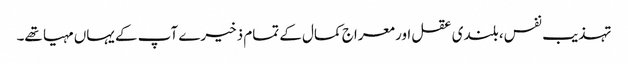
تہذیب نفس، بلندی عقل اور معراج کمال کے تمام ذخیرے آپ کے یہاں مہیا تھے۔